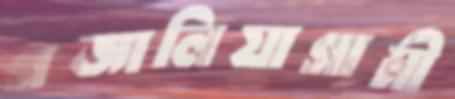
গজালিয়াগামী